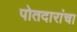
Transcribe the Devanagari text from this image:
पोतदारांचा